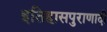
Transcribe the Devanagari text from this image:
इतिहासपुराणादी